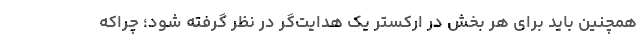
همچنین باید برای هر بخش در ارکستر یک هدایت‌گر در نظر گرفته شود؛ چراکه